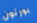
بورتون